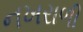
નખરાળી